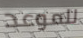
للموعد